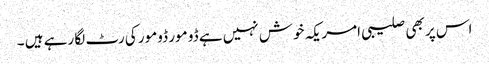
اس پر بھی صلیبی امریکہ خوش نہیں ہے ڈو مور ڈومور کی رٹ لگا رہے ہیں ۔